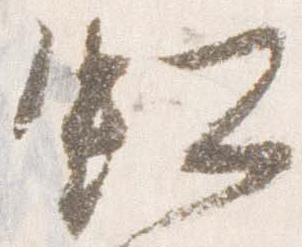
虹